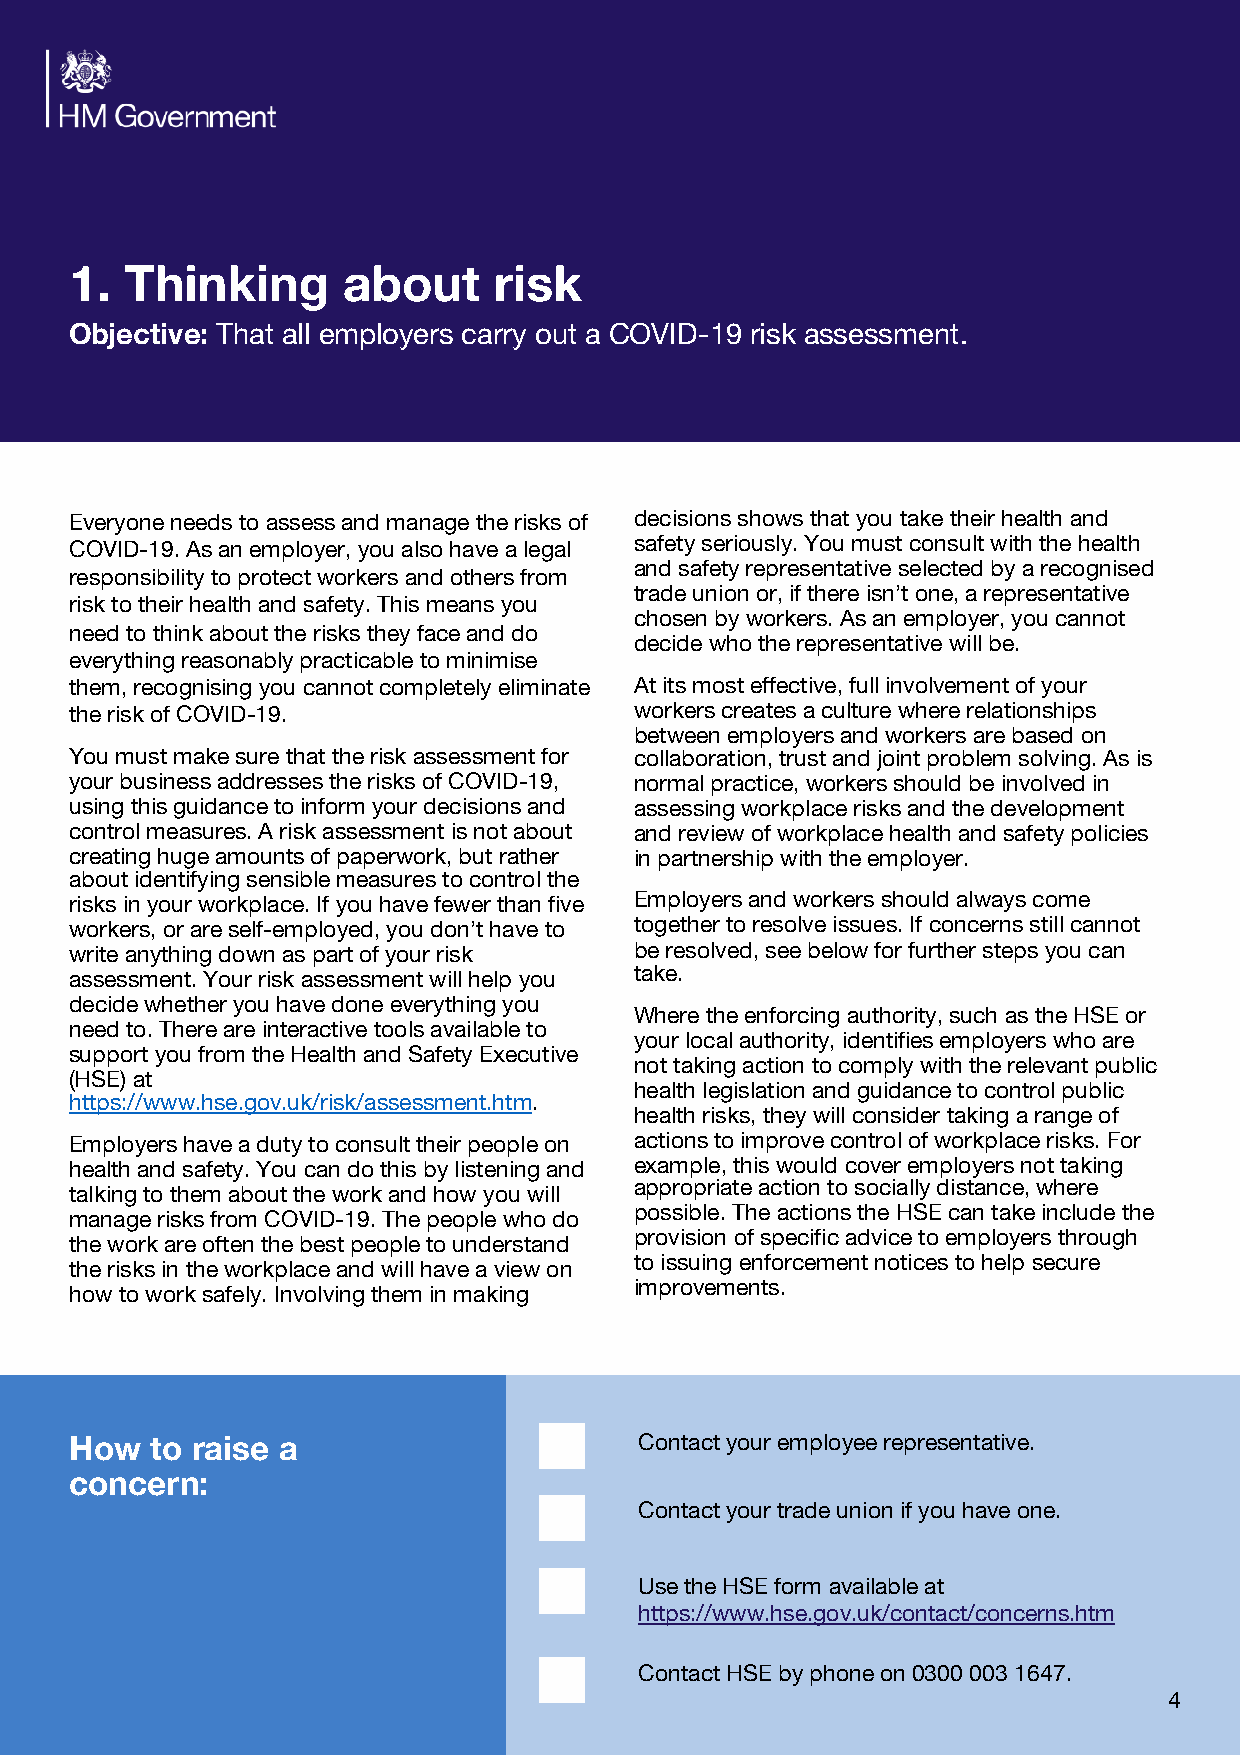
1.             g          t
 Thinkin        abou      risk
 : That all employers carry out a COVID-19 risk assessment.
 Objective
 Everyone needs to assess and manage the risks of decisions shows that you take their health and
 COVID-19. As an employer, you also have a legal safety seriously. You must consult with the health
 and safety representative selected by a recognised
 responsibility to protect workers and others from
 trade union or, if there isn’t one, a representative
 risk to their health and safety. This means you
 chosen by workers. As an employer, you cannot
 need to think about the risks they face and do
 decide who the representative will be.
 everything reasonably practicable to minimise
 them, recognising you cannot completely eliminate At its most effective, full involvement of your
 the risk of COVID-19.                workers creates a culture where relationships
 between employers and workers are based on
 You must make sure that the risk assessment for collaboration, trust and joint problem solving. As is
 your business addresses the risks of COVID-19, normal practice, workers should be involved in
 using this guidance to inform your decisions and assessing workplace risks and the development
 control measures. A risk assessment is not about and review of workplace health and safety policies
 creating huge amounts of paperwork, but rather in partnership with the employer.
 about identifying sensible measures to control the
 risks in your workplace. If you have fewer than five Employers and workers should always come
 workers, or are self-employed, you don’t have to together to resolve issues. If concerns still cannot
 write anything down as part of your risk be resolved, see below for further steps you can
 take.
 assessment. Your risk assessment will help you
 decide whether you have done everything you
 Where the enforcing authority, such as the HSE or
 need to. There are interactive tools available to
 your local authority, identifies employers who are
 support you from the Health and Safety Executive
 not taking action to comply with the relevant public
 (HSE) at
 health legislation and guidance to control public
 https://www.hse.gov.uk/risk/assessment.htm.
 health risks, they will consider taking a range of
 Employers have a duty to consult their people on actions to improve control of workplace risks. For
 health and safety. You can do this by listening and example, this would cover employers not taking
 appropriate action to socially distance, where
 talking to them about the work and how you will
 possible. The actions the HSE can take include the
 manage risks from COVID-19. The people who do
 provision of specific advice to employers through
 the work are often the best people to understand
 to issuing enforcement notices to help secure
 the risks in the workplace and will have a view on
 improvements.
 how to work safely. Involving them in making
 w  o     e a                      Contact your employee representative.
 Ho   t  rais
 :
 concern
 Contact your trade union if you have one.
 Use the HSE form available at
 https://www.hse.gov.uk/contact/concerns.htm
 Contact HSE by phone on 0300 003 1647.
 4